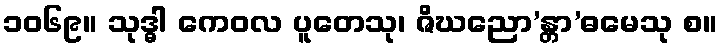
၁၀၆၉။ သုဒ္ဓါ ကေဝလ ပူတေသု၊ ဇိဃညော’န္တာ’ဓမေသု စ။